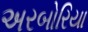
અરબોરિયા